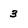
Character: 3